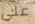
علي